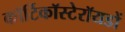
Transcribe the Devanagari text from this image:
कॉर्टिकॉस्टेरॉयडों